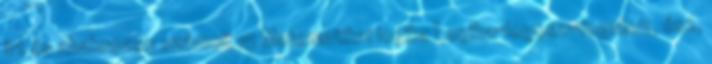
írt és abakuszon számolt 15 Matematikai logika Logika=logosz=fogalom, ész,